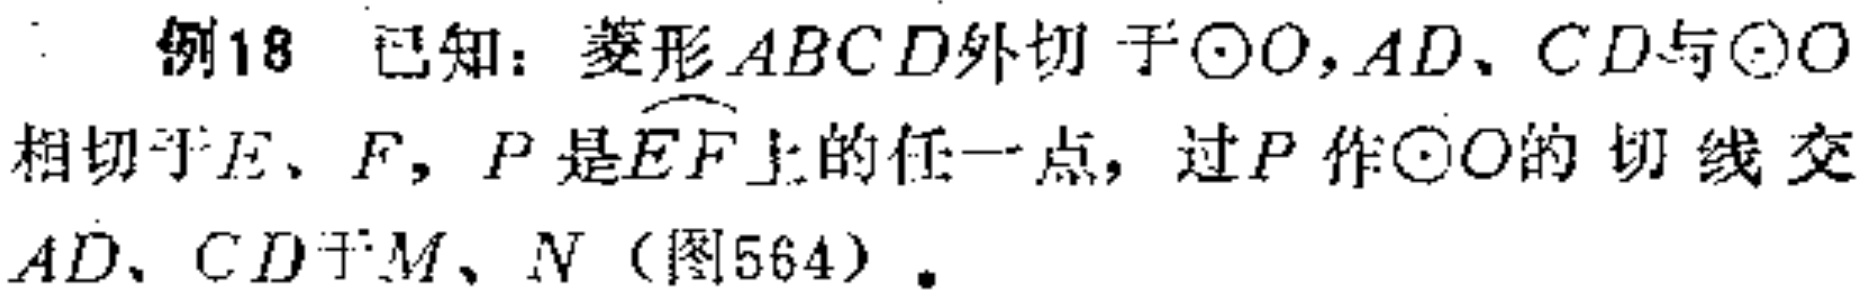
例18 已知：菱形\(ABCD\)外切于\(\odot O\)，\(AD\)、\(CD\)与\(\odot O\)相切于\(E\)、\(F\)，\(P\)是\(\overset{\frown}{EF}\)上的任一点，过\(P\)作\(\odot O\)的切线交\(AD\)、\(CD\)于\(M\)、\(N\)（图564）.